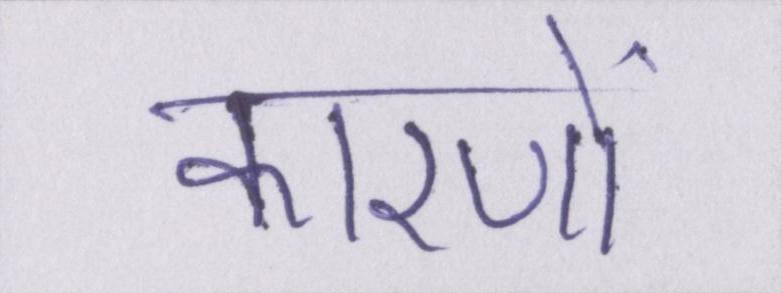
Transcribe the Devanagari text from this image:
कारणों